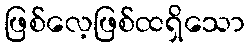
ဖြစ်လေ့ဖြစ်ထရှိသော